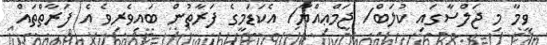
ވީމާ މި ޖަލްސާގައި ކުލަބް/ ޖަމްޢިއްޔާ/ އެކަޑަމީގެ ފަރާތުން ބައިވެރިވެ އެ ފަރާތްތައް